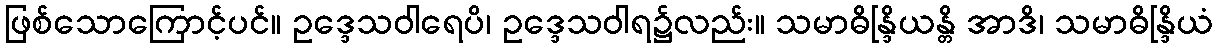
ဖြစ်သောကြောင့်ပင်။ ဥဒ္ဒေသဝါရေပိ၊ ဥဒ္ဒေသဝါရ၌လည်း။ သမာဓိန္ဒြိယန္တိ အာဒိ၊ သမာဓိန္ဒြိယံ